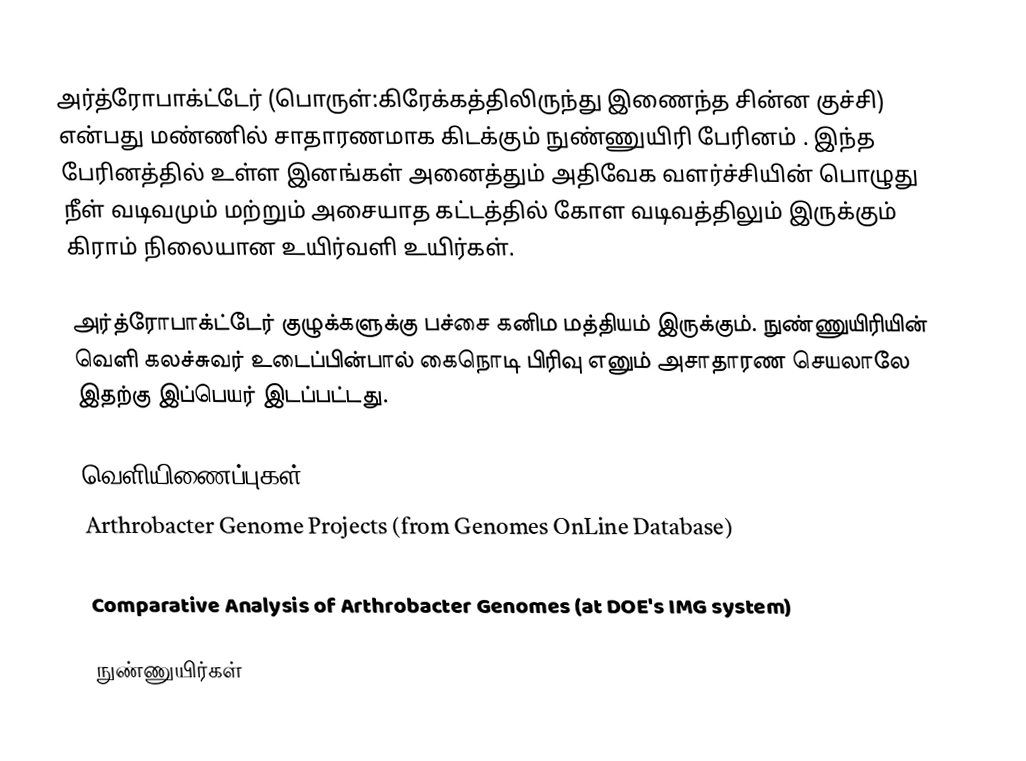
அர்த்ரோபாக்ட்டேர் (பொருள்:கிரேக்கத்திலிருந்து இணைந்த சின்ன குச்சி) என்பது மண்ணில் சாதாரணமாக கிடக்கும் நுண்ணுயிரி பேரினம் . இந்த பேரினத்தில் உள்ள இனங்கள் அனைத்தும் அதிவேக வளர்ச்சியின் பொழுது நீள் வடிவமும் மற்றும் அசையாத கட்டத்தில் கோள வடிவத்திலும் இருக்கும் கிராம் நிலையான உயிர்வளி உயிர்கள்.

அர்த்ரோபாக்ட்டேர் குழுக்களுக்கு பச்சை கனிம மத்தியம் இருக்கும். நுண்ணுயிரியின் வெளி கலச்சுவர் உடைப்பின்பால் கைநொடி பிரிவு எனும் அசாதாரண செயலாலே இதற்கு இப்பெயர் இடப்பட்டது.

வெளியிணைப்புகள்
Arthrobacter Genome Projects (from Genomes OnLine Database)

Comparative Analysis of Arthrobacter Genomes  (at DOE's IMG system)

நுண்ணுயிர்கள்